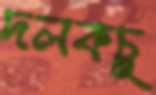
দলকচু